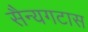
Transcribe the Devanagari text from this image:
सैन्यगटास